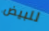
للبيض